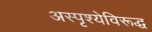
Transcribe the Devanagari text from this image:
अस्पृश्येविरूद्ध